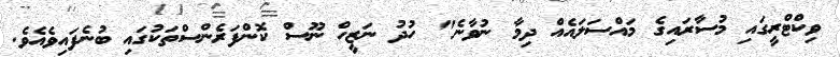
ވިކްޓްރީގައި މުސާރައިގެ މައްސަލައެއް ދިމާ ނުވާނެ" ހުދު ނަޒީހް ނޫސް ކޮންފަރެންސްތަކުގައި ބުނެފައިވެއެވެ.